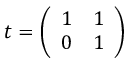
t = \left( \begin{array} { c c } { { 1 } } & { { 1 } } \\ { { 0 } } & { { 1 } } \end{array} \right)